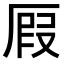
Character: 𠪅